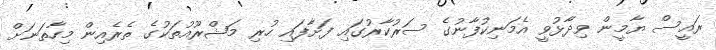
ރައީސް ޔާމީން ވިދާޅުވީ އެމަނިކުފާނުގެ ސަރުކާރުގައި ފަށާފައި ހުރި މަޝްރޫއުތަކުގެ ތެރެއިން މިހާތަނަަށް